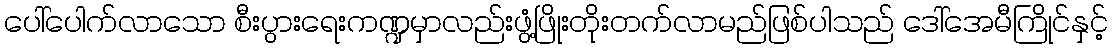
ပေါ်ပေါက်လာသော စီးပွားရေးကဏ္ဍမှာလည်းဖွံ့ဖြိုးတိုးတက်လာမည်ဖြစ်ပါသည် ဒေါ်အေမီကြိုင်နှင့်